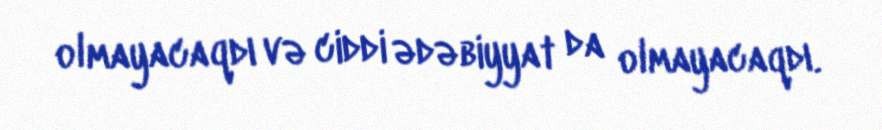
olmayacaqdı və ciddi ədəbiyyat da olmayacaqdı.